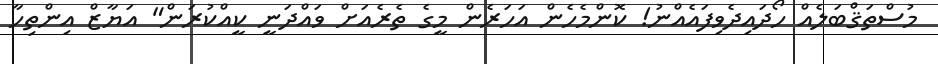
މުސްތަޤްބަލެއް ހޯދައިދެވިފައެއްނު! ކޮންމެހެން އަހަރެން މީގެ ތެރެއަށް ވައްދަނީ ކީއްކުރަން" އަޔާޒް އިންތިހާ